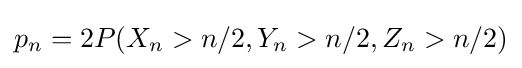
p_{n}=2P(X_{n}>n/2,Y_{n}>n/2,Z_{n}>n/2)